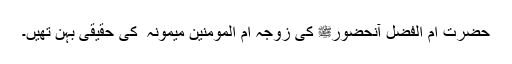
حضرت ام الفضل آنحضورﷺ کی زوجہ ام المومنین میمونہ ؓ کی حقیقی بہن تھیں۔